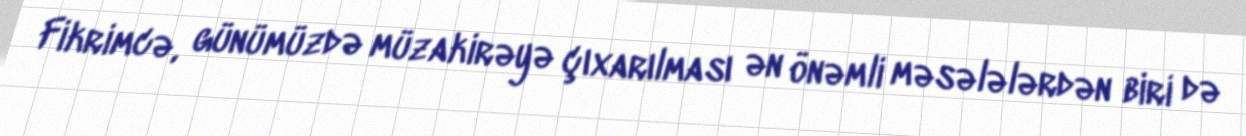
Fikrimcə, günümüzdə müzakirəyə çıxarılması ən önəmli məsələlərdən biri də